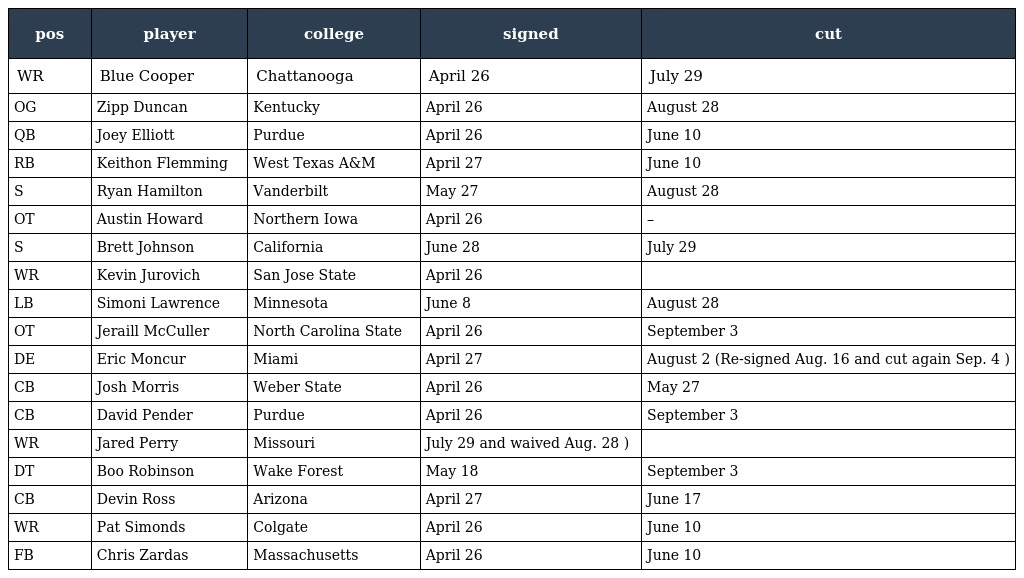
| pos | player | college | signed | cut |
 | --- | --- | --- | --- | --- |
 | WR | Blue Cooper | Chattanooga | April 26 | July 29 |
 | OG | Zipp Duncan | Kentucky | April 26 | August 28 |
 | QB | Joey Elliott | Purdue | April 26 | June 10 |
 | RB | Keithon Flemming | West Texas A&M | April 27 | June 10 |
 | S | Ryan Hamilton | Vanderbilt | May 27 | August 28 |
 | OT | Austin Howard | Northern Iowa | April 26 | – |
 | S | Brett Johnson | California | June 28 | July 29 |
 | WR | Kevin Jurovich | San Jose State | April 26 |  |
 | LB | Simoni Lawrence | Minnesota | June 8 | August 28 |
 | OT | Jeraill McCuller | North Carolina State | April 26 | September 3 |
 | DE | Eric Moncur | Miami | April 27 | August 2 (Re-signed Aug. 16 and cut again Sep. 4 ) |
 | CB | Josh Morris | Weber State | April 26 | May 27 |
 | CB | David Pender | Purdue | April 26 | September 3 |
 | WR | Jared Perry | Missouri | July 29 and waived Aug. 28 ) |  |
 | DT | Boo Robinson | Wake Forest | May 18 | September 3 |
 | CB | Devin Ross | Arizona | April 27 | June 17 |
 | WR | Pat Simonds | Colgate | April 26 | June 10 |
 | FB | Chris Zardas | Massachusetts | April 26 | June 10 |